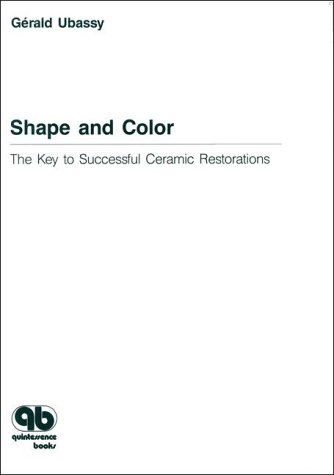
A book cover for Shape and Color: The Key to Successful Ceramic Restorations; Gerald Ubassy; Medical Books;